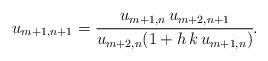
LaTeX: \begin{align*}u_{m+1,n+1}=\cfrac{u_{m+1,n}\,u_{m+2,n+1}}{u_{m+2,n}(1+h\,k\,u_{m+1,n})}.\end{align*}